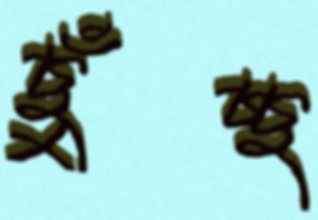
ছুঁচ্ছ